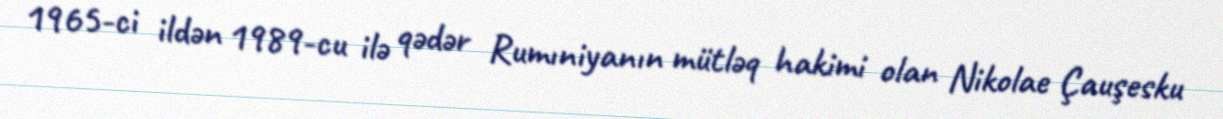
1965-ci ildən 1989-cu ilə qədər Rumıniyanın mütləq hakimi olan Nikolae Çauşesku